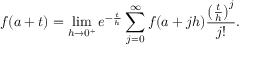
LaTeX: f ( a + t ) = \operatorname* { l i m } _ { h \to 0 ^ { + } } e ^ { - { \frac { t } { h } } } \sum _ { j = 0 } ^ { \infty } f ( a + j h ) { \frac { \left( { \frac { t } { h } } \right) ^ { j } } { j ! } } .